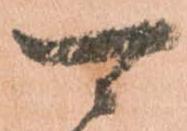
可